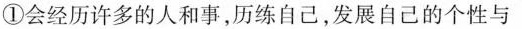
①会经历许多的人和事，历练自己，发展自己的个性与